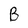
Character: B